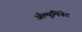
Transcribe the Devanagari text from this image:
अॅल्युमिनेट